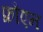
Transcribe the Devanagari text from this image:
फ्रौएन